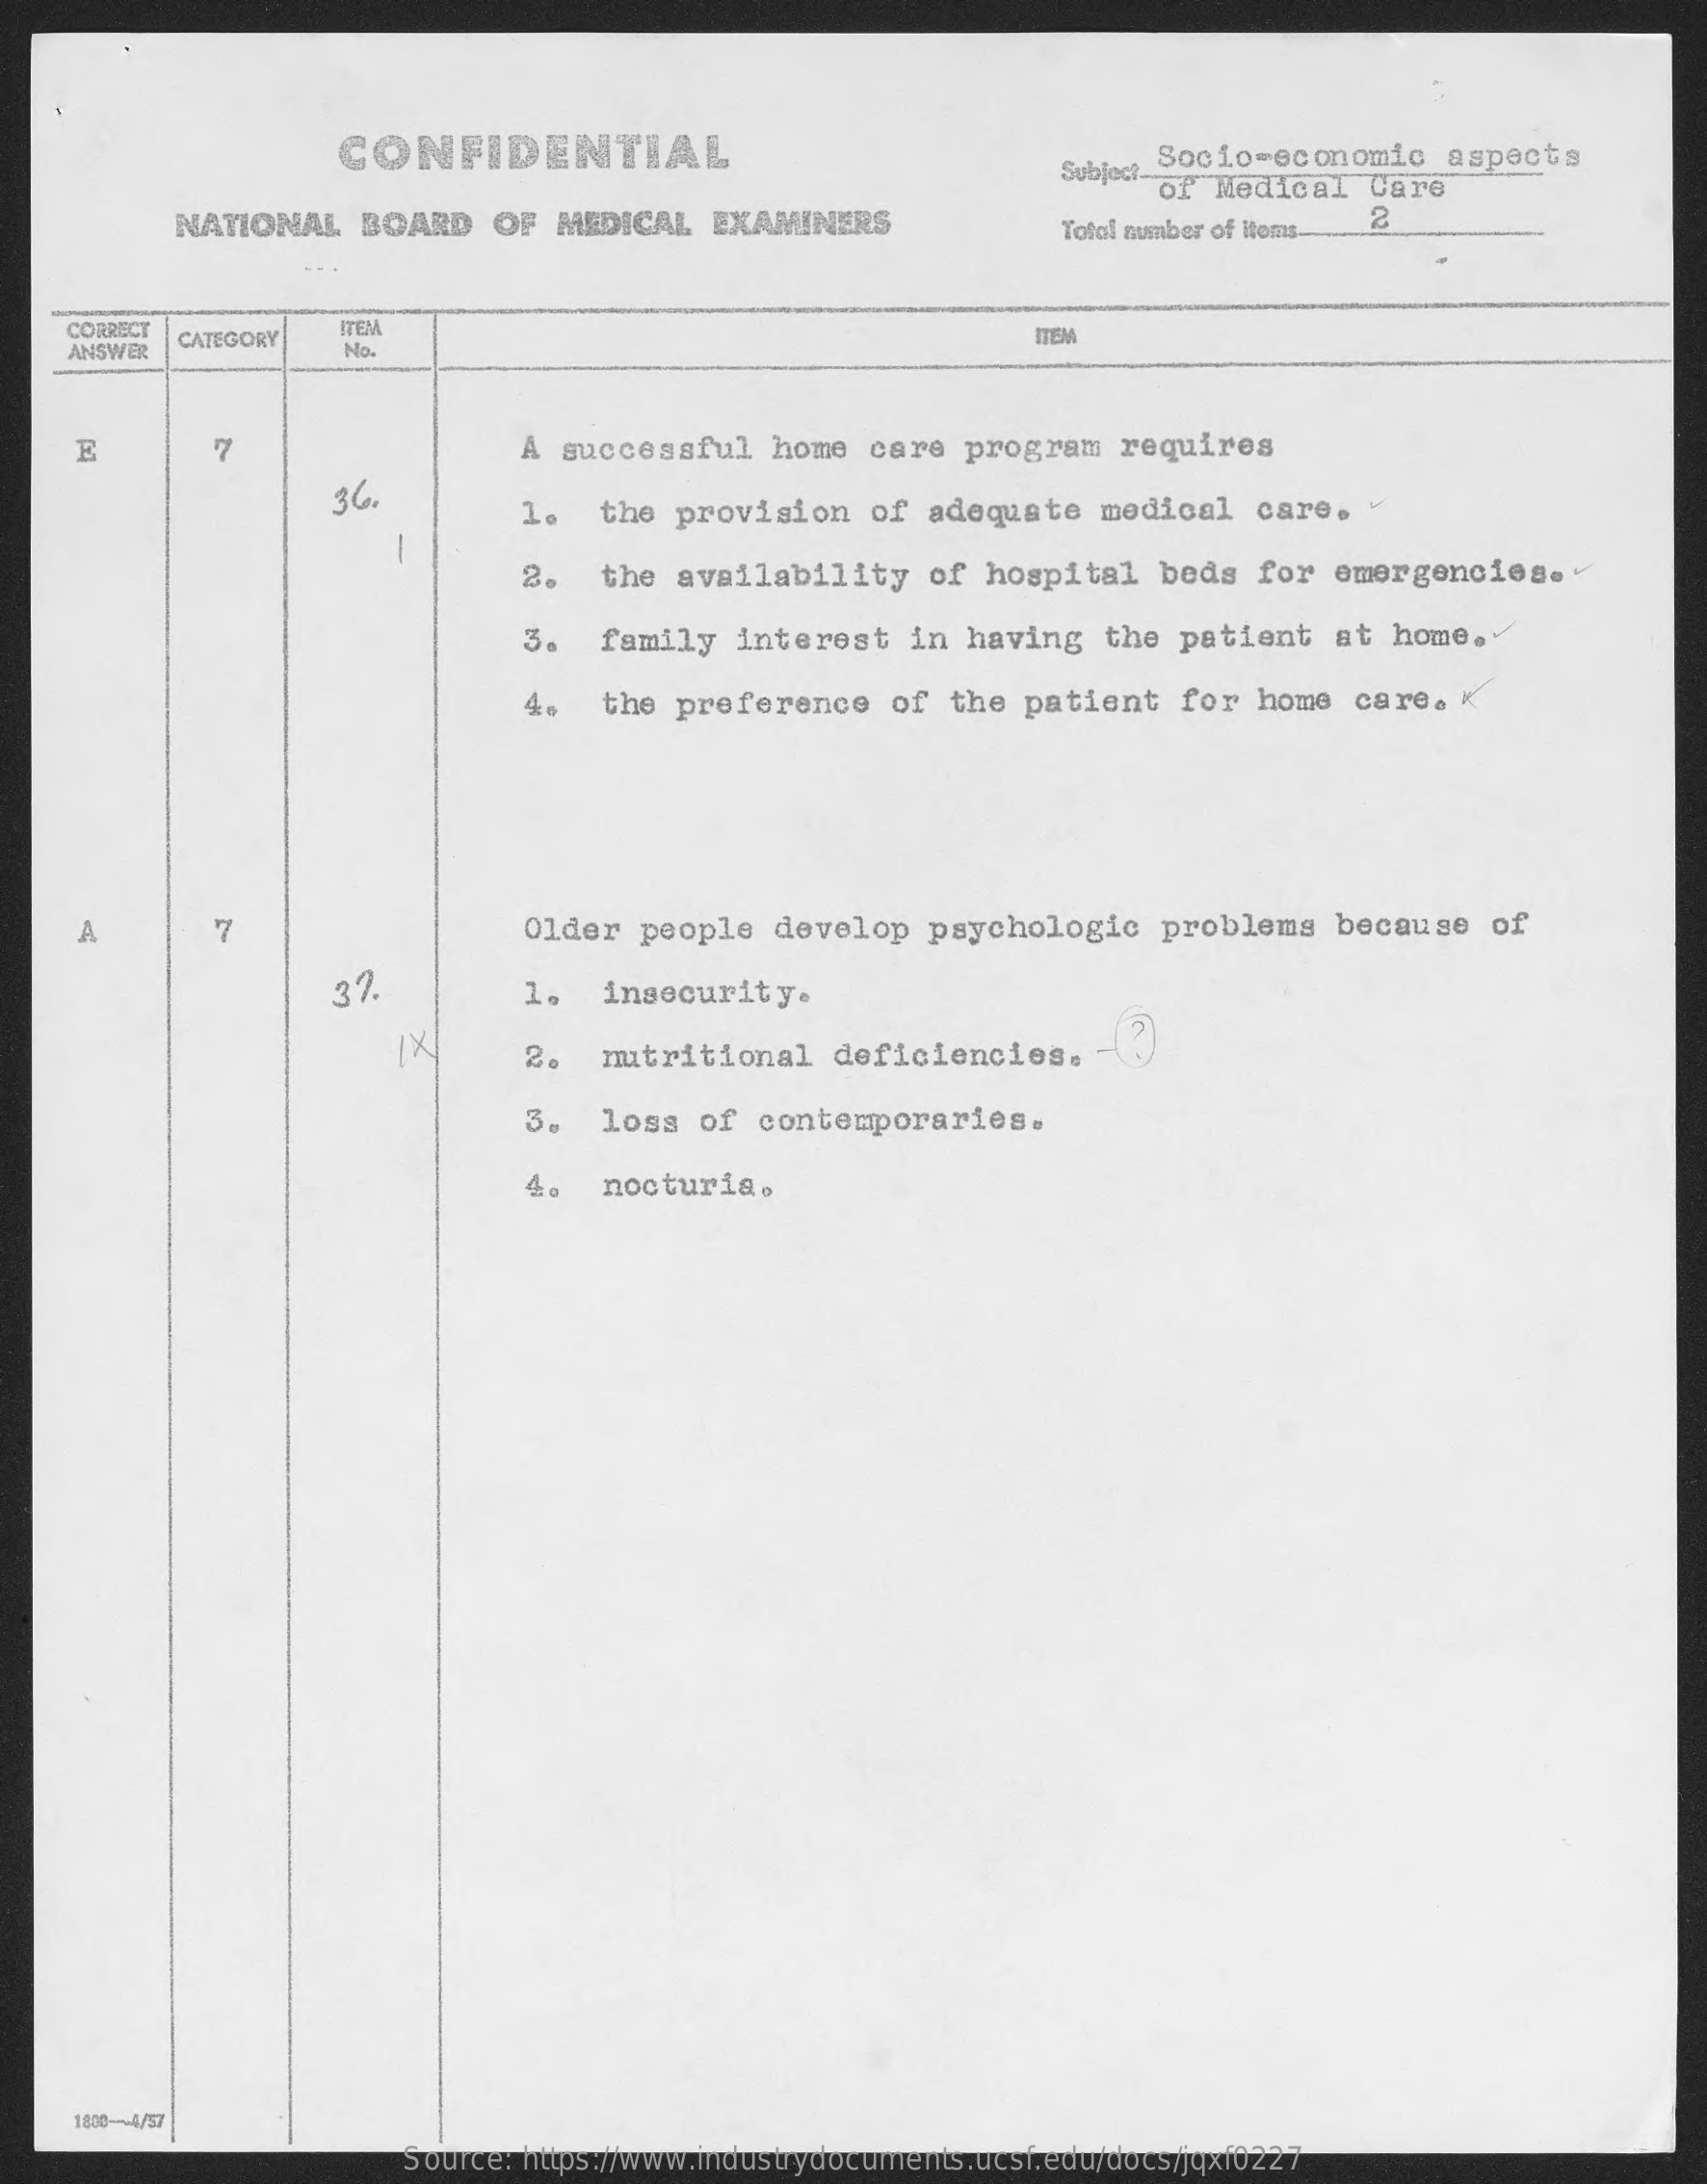
CONFIDENTIAL
     Subject-
     Socio-economic    aspects
     of  Medical   Care
     NATIONAL    BOARD   OF   MEDICAL   EXAMINERS    Total number of Htoms-
     CORRECT    ITEM
     ANSWER
     CATEGORY
     No.
     ITEM
     E    A successful    home  care  program    requires
     36.    the  provision    of  adequate   medical   care.
     2.    the availability    of  hospital   beds  for   emergencies.
     3.  family   interest    in having   the  patient    at home  ..
     4.   the preference    of  the  patient   for   home  care.  K
     A    7    Older  people   develop   psychologic    problems    because   of
     37.    1.   insecurity.
     IX    2.    nutritional    deficiencies.    ?
     3.  loss   of  contemporaries.
     4 .  nocturia.
     1800 -- 4/57
     Source: https://www.industrydocuments.ucsf.edu/docs/jqxf0227